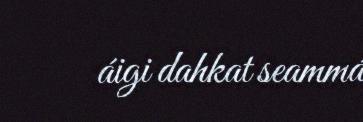
áigi dahkat seammá